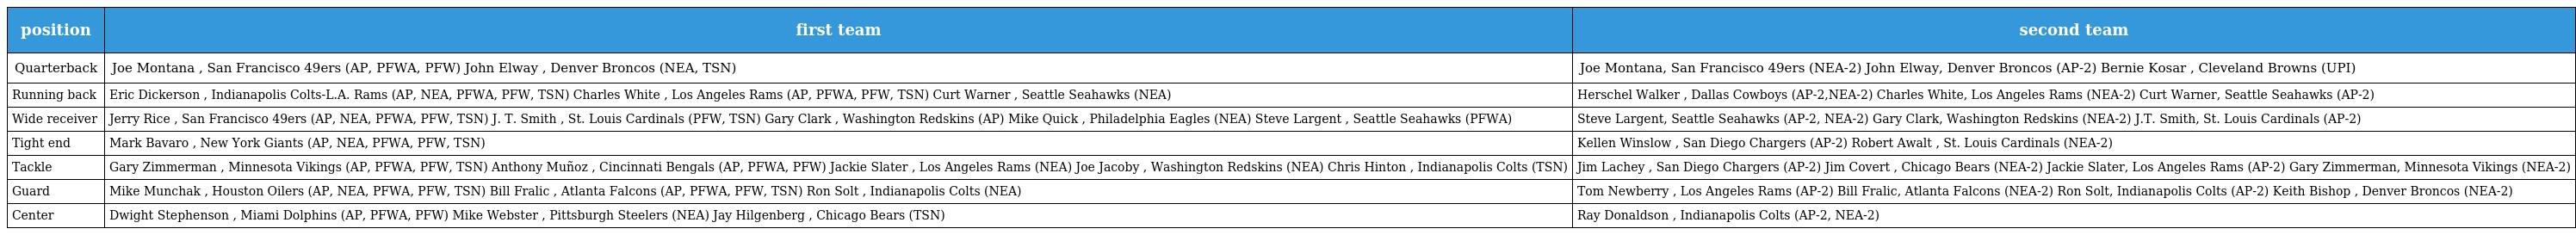
| position | first team | second team |
 | --- | --- | --- |
 | Quarterback | Joe Montana , San Francisco 49ers (AP, PFWA, PFW) John Elway , Denver Broncos (NEA, TSN) | Joe Montana, San Francisco 49ers (NEA-2) John Elway, Denver Broncos (AP-2) Bernie Kosar , Cleveland Browns (UPI) |
 | Running back | Eric Dickerson , Indianapolis Colts-L.A. Rams (AP, NEA, PFWA, PFW, TSN) Charles White , Los Angeles Rams (AP, PFWA, PFW, TSN) Curt Warner , Seattle Seahawks (NEA) | Herschel Walker , Dallas Cowboys (AP-2,NEA-2) Charles White, Los Angeles Rams (NEA-2) Curt Warner, Seattle Seahawks (AP-2) |
 | Wide receiver | Jerry Rice , San Francisco 49ers (AP, NEA, PFWA, PFW, TSN) J. T. Smith , St. Louis Cardinals (PFW, TSN) Gary Clark , Washington Redskins (AP) Mike Quick , Philadelphia Eagles (NEA) Steve Largent , Seattle Seahawks (PFWA) | Steve Largent, Seattle Seahawks (AP-2, NEA-2) Gary Clark, Washington Redskins (NEA-2) J.T. Smith, St. Louis Cardinals (AP-2) |
 | Tight end | Mark Bavaro , New York Giants (AP, NEA, PFWA, PFW, TSN) | Kellen Winslow , San Diego Chargers (AP-2) Robert Awalt , St. Louis Cardinals (NEA-2) |
 | Tackle | Gary Zimmerman , Minnesota Vikings (AP, PFWA, PFW, TSN) Anthony Muñoz , Cincinnati Bengals (AP, PFWA, PFW) Jackie Slater , Los Angeles Rams (NEA) Joe Jacoby , Washington Redskins (NEA) Chris Hinton , Indianapolis Colts (TSN) | Jim Lachey , San Diego Chargers (AP-2) Jim Covert , Chicago Bears (NEA-2) Jackie Slater, Los Angeles Rams (AP-2) Gary Zimmerman, Minnesota Vikings (NEA-2) |
 | Guard | Mike Munchak , Houston Oilers (AP, NEA, PFWA, PFW, TSN) Bill Fralic , Atlanta Falcons (AP, PFWA, PFW, TSN) Ron Solt , Indianapolis Colts (NEA) | Tom Newberry , Los Angeles Rams (AP-2) Bill Fralic, Atlanta Falcons (NEA-2) Ron Solt, Indianapolis Colts (AP-2) Keith Bishop , Denver Broncos (NEA-2) |
 | Center | Dwight Stephenson , Miami Dolphins (AP, PFWA, PFW) Mike Webster , Pittsburgh Steelers (NEA) Jay Hilgenberg , Chicago Bears (TSN) | Ray Donaldson , Indianapolis Colts (AP-2, NEA-2) |